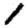
Digit: 1